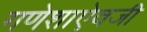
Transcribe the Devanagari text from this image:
गणेशाऐवजी